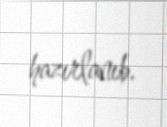
hazırlanıb.